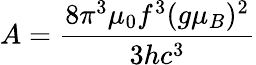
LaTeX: A=\frac{8\pi^{3}\mu_{0}f^{3}(g\mu_{B})^{2}}{3hc^{3}}